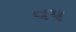
વપ